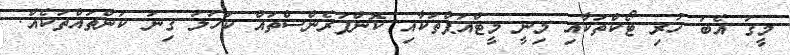
މީގަ އެބަ ހުރި ޓޯކްތަކާއި މިނީ މީޓްއަޕްތަކާއި ކޮންފަރެންސްތައް ކަހަލަ ގިނަ ކަންތައްތަކެއް.